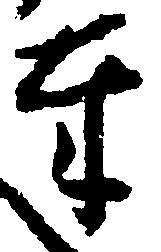
奉